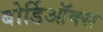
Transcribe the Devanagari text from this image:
बोर्डिऑक्स